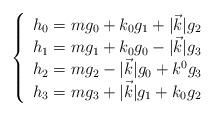
LaTeX: \begin{align*}\left \{\begin{array}{l}h_0 = m g_0 + k_0 g_1 + |\vec k| g_2 \\h_1 = m g_1 + k_0 g_0 - |\vec k| g_3 \\h_2 = m g_2 - |\vec k| g_0 + k^0 g_3 \\h_3 = m g_3 + |\vec k| g_1 + k_0 g_2 \end{array} \right. \end{align*}